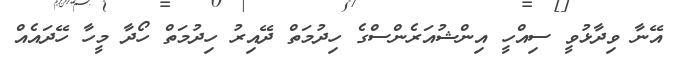
އޭނާ ވިދާޅުވީ ސިއްހީ އިންޝުއަރެންސްގެ ހިދުމަތް ދޭއިރު ހިދުމަތް ހޯދާ މީހާ ހޭދައެއް